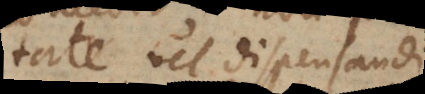
itate vel dispensandi